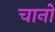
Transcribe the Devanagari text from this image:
चानो